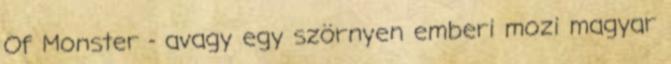
Of Monster - avagy egy szörnyen emberi mozi magyar